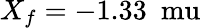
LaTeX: X_{f}=-1.33~\mathrm{\ mu}